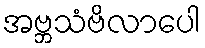
အဗ္ဘသံဗိလာပေါ